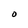
Character: O